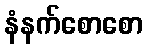
နံနက်စောစော